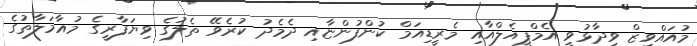
މުއައްވިޒް ވިދާޅުވީ އެމްޕީއެލްއާއި މެރީޑިއަމް ކުންފުންޏާއި ދެމެދު ކުރެވޭ ތެލުގެ ވިޔަފާރީގެ މުއާމަލާތުގެ